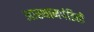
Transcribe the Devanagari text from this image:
आस्थानपंडितों